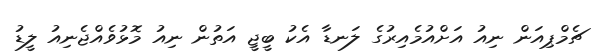
ޗެމްޕިއަން ނިއު އަށްއުމެއިރުގެ ލަނޑާ އެކު ބީޖީ އަތުން ނިއު މޮޅުވެއްޖެނިއު ލީޑު